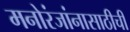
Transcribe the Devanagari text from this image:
मनोरंजांनासाठीची